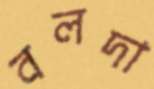
বলদা